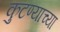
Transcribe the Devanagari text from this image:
कुटण्याच्या